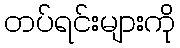
တပ်ရင်းများကို